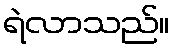
ရဲလာသည်။